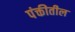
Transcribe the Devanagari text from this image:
पंक्तीतील